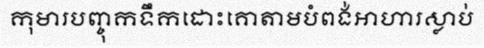
កុមារបញ្ចុកទឹកដោះគោតាមបំពង់អាហារស្លាប់